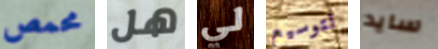
محمص هل لي لتوسيع سايد